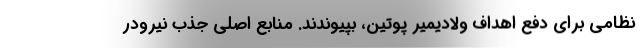
نظامی برای دفع اهداف ولادیمیر پوتین، بپیوندند. منابع اصلی جذب نیرودر